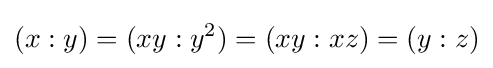
(x:y)=(xy:y^{2})=(xy:xz)=(y:z)